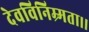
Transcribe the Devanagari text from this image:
देवविनिम्र्मता।।